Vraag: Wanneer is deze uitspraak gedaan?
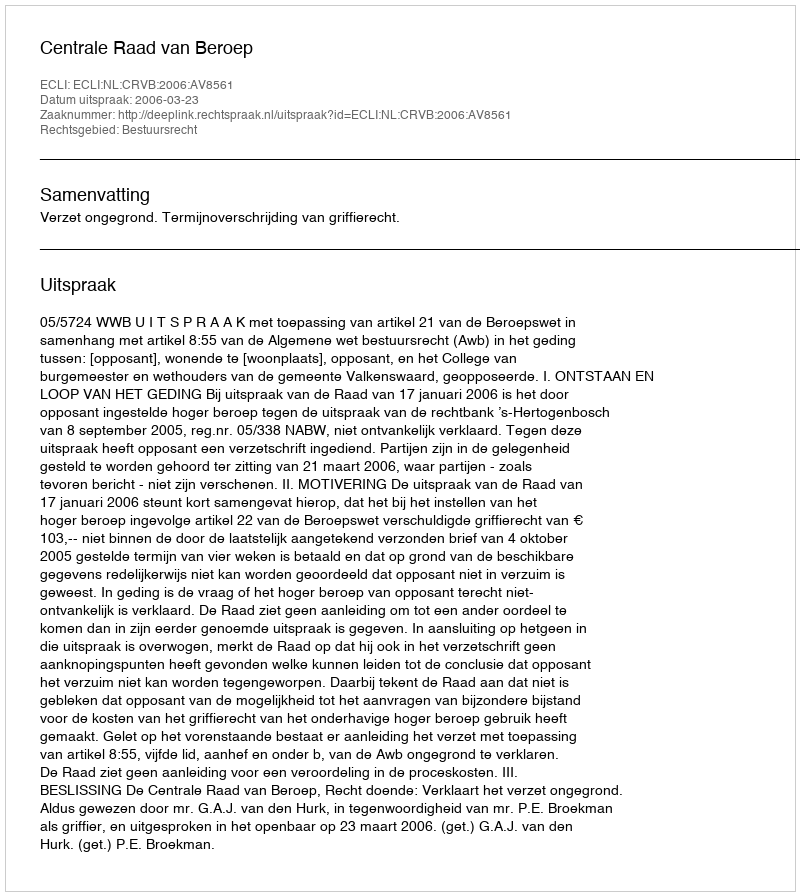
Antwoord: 2006-03-23